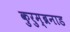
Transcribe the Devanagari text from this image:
कुरुम्ब्रनाड